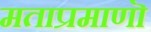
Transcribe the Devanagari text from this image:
मताप्रमाणाॆ